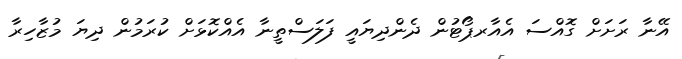
އޭނާ ރަށަށް ގޮއްސަ އެއާރޕޯޓުން ދެންދިޔައީ ފަލަސްތީނާ އެއްކޮޅަށް ކުރަމުން ދިޔަ މުޒާހިރާ